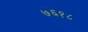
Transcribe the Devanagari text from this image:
७६१८